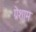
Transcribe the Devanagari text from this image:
ग्रेशाम